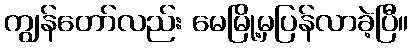
ကျွန်တော်လည်း မေမြို့မှပြန်လာခဲ့ပြီ။